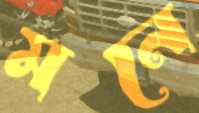
মনে